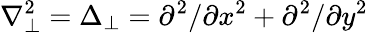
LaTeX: \nabla_{\perp}^{2}=\Delta_{\perp}=\partial^{2}/\partial x^{2}+\partial^{2}/\partial y^{2}